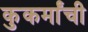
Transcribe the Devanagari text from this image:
कुकर्मांची